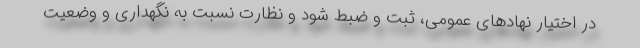
در اختیار نهادهای عمومی، ثبت و ضبط شود و نظارت نسبت به نگهداری و وضعیت